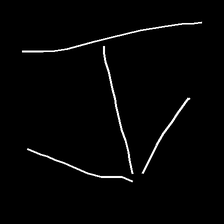
Glyph: levitation